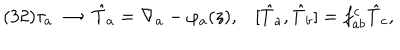
LaTeX: ( 3 2 ) \tau _ { a } \; \to \; \hat { T } _ { a } = \nabla _ { a } - \varphi _ { a } ( z ) , [ \hat { T } _ { a } , \hat { T } _ { b } ] = f _ { a b } ^ { c } \hat { T } _ { c } ,